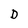
Character: D